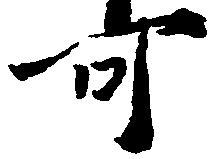
可